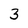
Character: 3